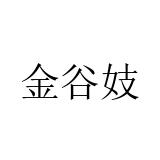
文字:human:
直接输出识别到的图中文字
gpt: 金谷妓